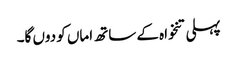
پہلی تنخواہ کے ساتھ اماں کو دوں گا۔